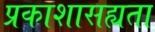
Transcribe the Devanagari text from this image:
प्रकाशासह्यता